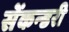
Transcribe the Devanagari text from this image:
सेंकन्‍डरी